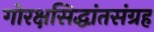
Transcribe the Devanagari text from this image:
गोरक्षसिद्धांतसंग्रह